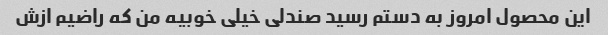
این محصول امروز به دستم رسید صندلی خیلی خوبیه من که راضیم ازش